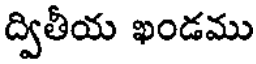
ద్వితీయ ఖండము